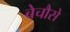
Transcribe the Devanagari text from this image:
बेचौसे